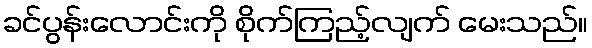
ခင်ပွန်းလောင်းကို စိုက်ကြည့်လျက် မေးသည်။